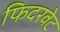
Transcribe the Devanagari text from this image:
फिदरवेट